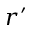
r ^ { \prime }